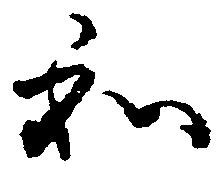
和